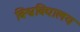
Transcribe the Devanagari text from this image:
विश्वविद्यालय